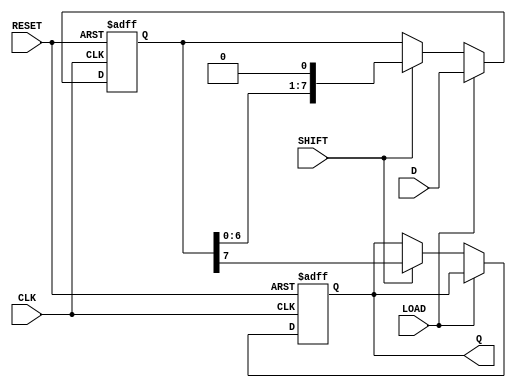
module dynamic_piso_register #(
    parameter WIDTH = 8  // Width of the register (number of input lines)
)(
    input wire [WIDTH-1:0] D,   // Parallel data input
    input wire LOAD,             // Load signal
    input wire SHIFT,            // Shift signal
    input wire CLK,              // Clock signal
    input wire RESET,            // Reset signal
    output reg Q                // Serial output
);

    reg [WIDTH-1:0] shift_reg;   // Shift register to hold the data

    always @(posedge CLK or posedge RESET) begin
        if (RESET) begin
            shift_reg <= {WIDTH{1'b0}}; // Clear the shift register
            Q <= 1'b0;                 // Reset output
        end else if (LOAD) begin
            shift_reg <= D;            // Load data into the shift register
        end else if (SHIFT) begin
            Q <= shift_reg[WIDTH-1];   // Output the MSB
            shift_reg <= {shift_reg[WIDTH-2:0], 1'b0}; // Shift left
        end
    end

endmodule